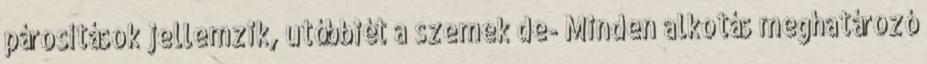
párosítások jellemzik, utóbbiét a szemek de- Minden alkotás meghatározó